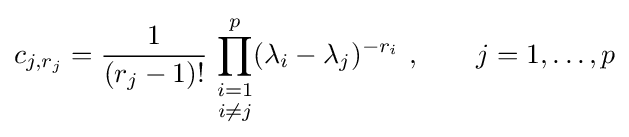
c_{j,r_{j}}={\frac {1}{(r_{j}-1)!}}\,\mathop {\prod _{i=1}^{p}} _{i\neq j}(\lambda _{i}-\lambda _{j})^{-r_{i}}~,~~~~~~j=1,\ldots ,p